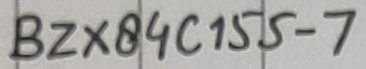
Text: BZX84C155-7